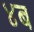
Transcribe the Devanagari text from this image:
४ब